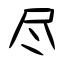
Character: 尽